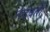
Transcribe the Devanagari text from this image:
नदवर्ती